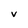
Character: V